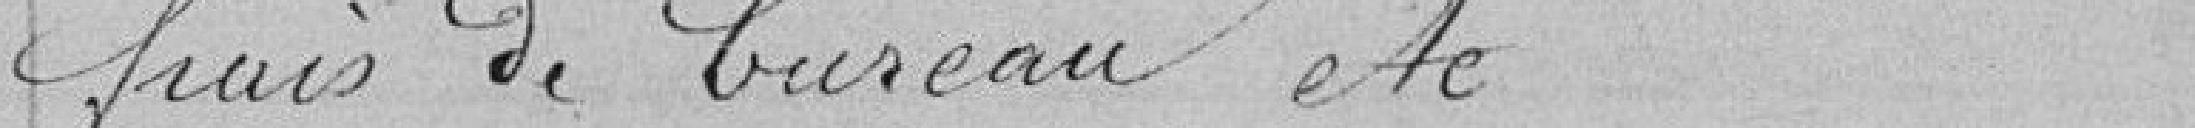
frais de bureau etc...